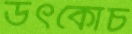
উৎকোচ